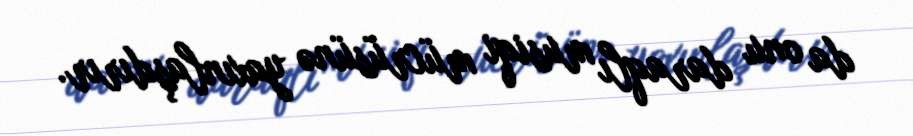
da onu daraqlı musiqi mücrüsünə yaxınlaşdırır.